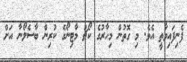
ފެނިފައިވާތީ އެވެ. މި ގޮތުން މިހާރުގެ ކޯޗު މާޓިނޯގެ ކުރިން ބާސެލޯނާ އަށް